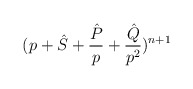
\begin{align*}(p + {\hat S} + \frac{\hat P}{p} + \frac{\hat Q}{p^2})^{n+1}\end{align*}